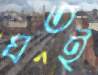
যতই